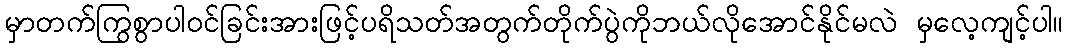
မှာတက်ကြွစွာပါဝင်ခြင်းအားဖြင့်ပရိသတ်အတွက်တိုက်ပွဲကိုဘယ်လိုအောင်နိုင်မလဲ မှလေ့ကျင့်ပါ။